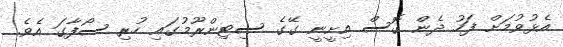
އެޅުވުމަށް ފަހު ދެން ގޮސް އިށީނީ ގޭގެ ސިޓިންރޫމުގައި ހުރި ސޯފާގަ އެވެ.